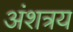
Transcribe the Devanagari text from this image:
अंशत्रय